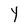
Character: Y